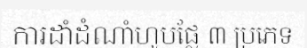
ការដាំដំណាំហូបផ្លែ ៣ ប្រភេទ